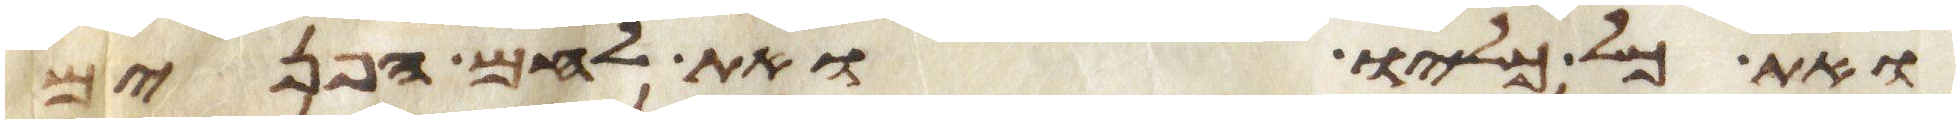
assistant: ואת כל כליו ואת לחם הפנים